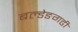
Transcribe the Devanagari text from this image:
बल्डेङगढी